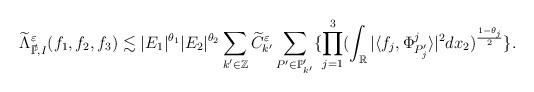
LaTeX: \begin{align*}\widetilde{\Lambda}^{\varepsilon}_{\vec{\mathbb{P}},I}(f_{1},f_{2},f_{3})\lesssim|E_{1}|^{\theta_{1}}|E_{2}|^{\theta_{2}}\sum_{k'\in\mathbb{Z}}\widetilde{C}^{\varepsilon}_{k'}\sum_{P'\in\mathbb{P}'_{k'}}\{\prod_{j=1}^{3}(\int_{\mathbb{R}}|\langle f_{j},\Phi^{j}_{P'_{j}}\rangle|^{2}dx_{2})^{\frac{1-\theta_{j}}{2}}\}.\end{align*}